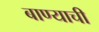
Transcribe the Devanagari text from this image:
बाण्याची